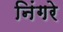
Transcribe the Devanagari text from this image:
निंगरे